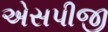
એસપીજી